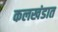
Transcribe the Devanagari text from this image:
कलखंडात